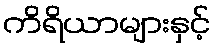
ကိရိယာများနှင့်